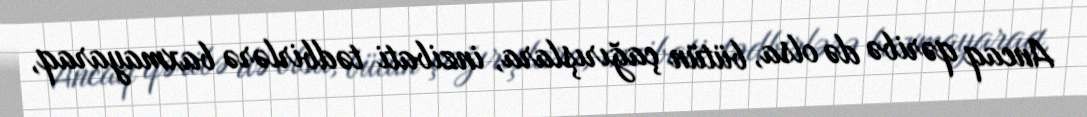
Ancaq qəribə də olsa, bütün çağırışlara, inzibati tədbirlərə baxmayaraq,